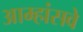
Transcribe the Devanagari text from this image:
आम्हांसवे